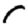
Digit: 5